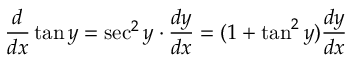
{ \frac { d } { d x } } \tan y = \sec ^ { 2 } y \cdot { \frac { d y } { d x } } = ( 1 + \tan ^ { 2 } y ) { \frac { d y } { d x } }